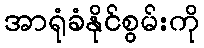
အာရုံခံနိုင်စွမ်းကို